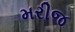
મરીજ